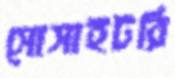
সোসাইটরি